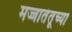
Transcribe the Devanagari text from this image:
मज्जातंतूच्या